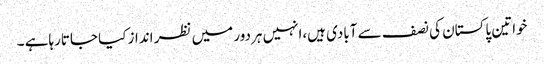
خواتین پاکستان کی نصف سے آبادی ہیں،انہیں ہردور میں نظر انداز کیا جاتارہاہے ۔